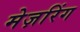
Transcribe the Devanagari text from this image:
मेज़रिंग